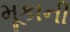
મૂકાની